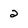
Character: 2